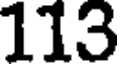
113